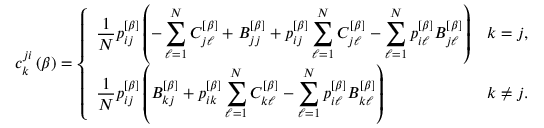
c _ { k } ^ { j i } \left( \beta \right) = \left\{ \begin{array} { l l } { \displaystyle \frac { 1 } { N } p _ { i j } ^ { \left[ \beta \right] } \left( - \sum _ { \ell = 1 } ^ { N } C _ { j \ell } ^ { \left[ \beta \right] } + B _ { j j } ^ { \left[ \beta \right] } + p _ { i j } ^ { \left[ \beta \right] } \sum _ { \ell = 1 } ^ { N } C _ { j \ell } ^ { \left[ \beta \right] } - \sum _ { \ell = 1 } ^ { N } p _ { i \ell } ^ { \left[ \beta \right] } B _ { j \ell } ^ { \left[ \beta \right] } \right) } & { \displaystyle k = j , } \\ { \displaystyle \frac { 1 } { N } p _ { i j } ^ { \left[ \beta \right] } \left( B _ { k j } ^ { \left[ \beta \right] } + p _ { i k } ^ { \left[ \beta \right] } \sum _ { \ell = 1 } ^ { N } C _ { k \ell } ^ { \left[ \beta \right] } - \sum _ { \ell = 1 } ^ { N } p _ { i \ell } ^ { \left[ \beta \right] } B _ { k \ell } ^ { \left[ \beta \right] } \right) } & { \displaystyle k \neq j . } \end{array} \right.